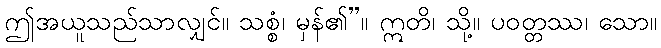
ဤအယူသည်သာလျှင်။ သစ္စံ၊ မှန်၏”။ ဣတိ၊ သို့။ ပဝတ္တဿ၊ သော။